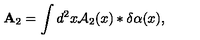
{ \bf A } _ { 2 } = \int d ^ { 2 } x { \cal A } _ { 2 } ( x ) * \delta \alpha ( x ) ,